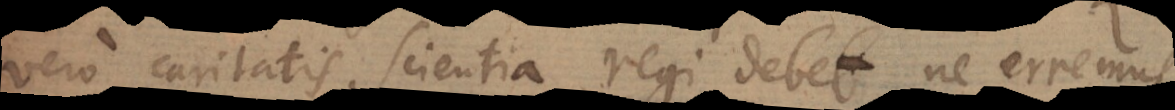
vero caritatis scientia regi debet, ne erremus